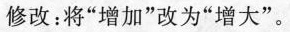
修改：将”增加”改为”增大”。